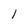
Character: 1